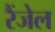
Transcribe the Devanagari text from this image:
रैंजेल